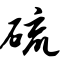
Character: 硫